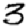
Digit: 3